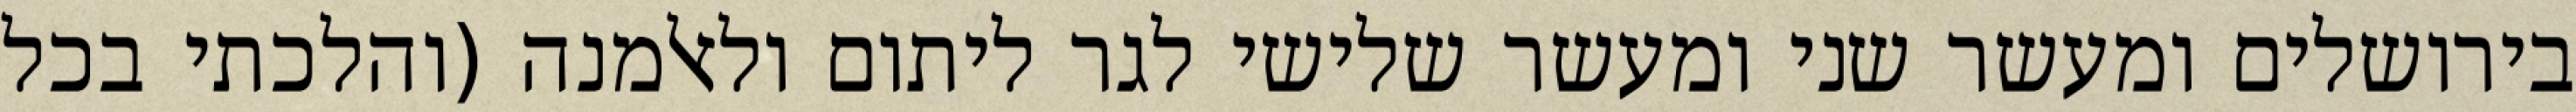
בירושלים ומעשר שני ומעשר שלישי לגר ליתום ולאלמנה (והלכתי בכל